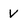
Character: V